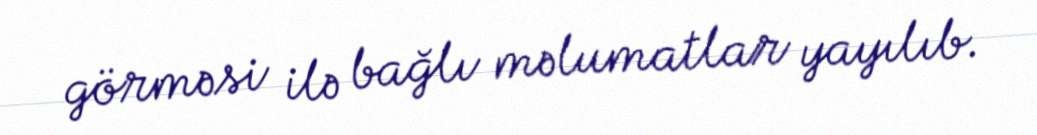
görməsi ilə bağlı məlumatlar yayılıb.